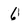
Character: 6